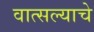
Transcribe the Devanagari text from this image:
वात्सल्याचे